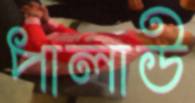
পালাউ